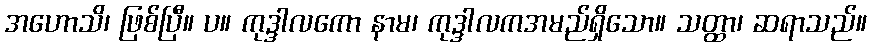
အဟောသိ၊ ဖြစ်ပြီ။ ပ။ ကုဒ္ဒါလကော နာမ၊ ကုဒ္ဒါလကအမည်ရှိသော။ သတ္ထာ၊ ဆရာသည်။